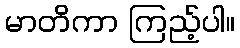
မာတိကာ ကြည့်ပါ။